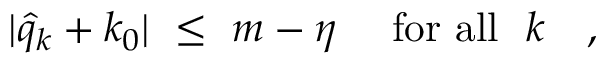
\vert \hat { q } _ { k } + k _ { 0 } \vert \ \leq \ m - \eta \quad \mathrm { ~ f o r ~ a l l ~ } \ k \quad ,